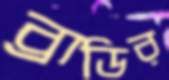
ব্রাডির